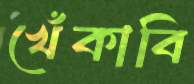
খেঁকাবি